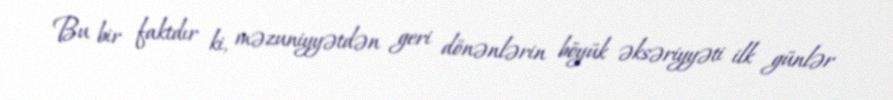
Bu bir faktdır ki, məzuniyyətdən geri dönənlərin böyük əksəriyyəti ilk günlər